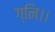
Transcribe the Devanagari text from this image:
ग्नि।।